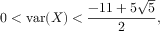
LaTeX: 0 < \operatorname { v a r } ( X ) < { \frac { - 1 1 + 5 { \sqrt { 5 } } } { 2 } } ,